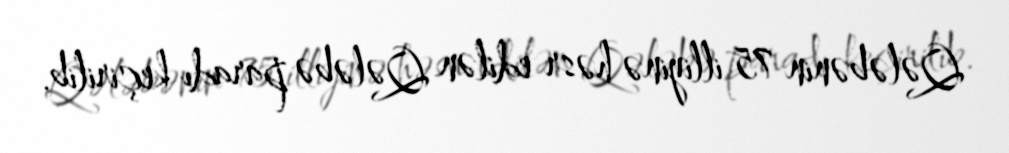
Qələbənin 75 illiyinə həsr edilən Qələbə paradı keçirilib.